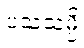
ပသံသမ္ပိ